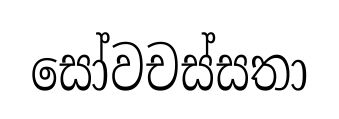
සෝවචස්සතා